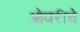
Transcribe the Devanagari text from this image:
ओवरीचे